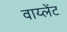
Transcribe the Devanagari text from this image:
वाय्लेंट